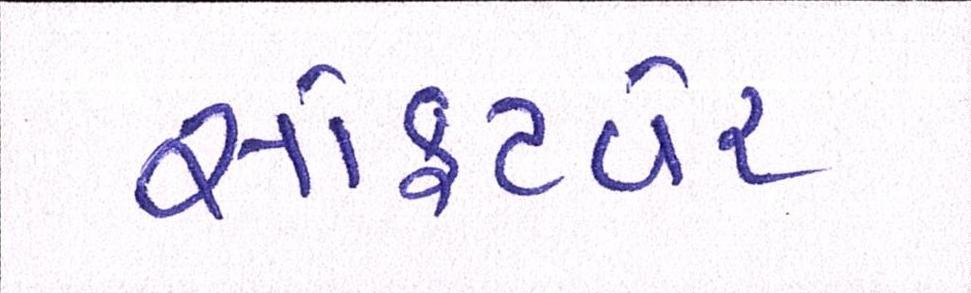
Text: સોફ્ટવેર